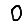
Digit: 0